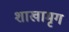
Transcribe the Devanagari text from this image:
शाखामृग